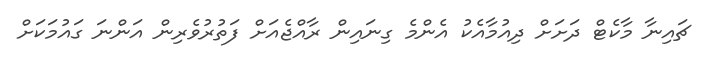
ޗައިނާ މާކެޓް ދަށަށް ދިއުމާއެކު އެންމެ ގިނައިން ރާއްޖެއަށް ފަތުރުވެރިން އަންނަ ގައުމަކަށް